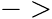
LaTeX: ->